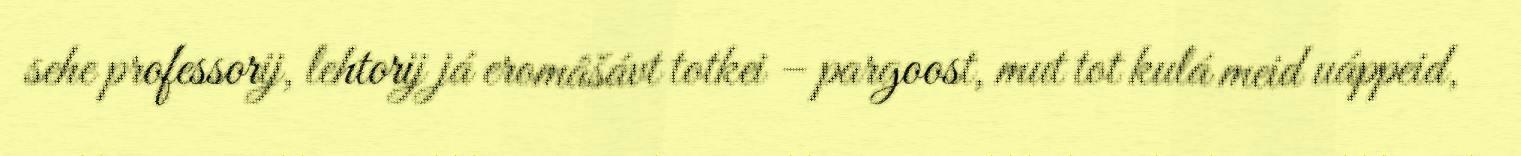
sehe professorij, lehtorij já eromâšávt totkei – pargoost, mut tot kulá meid uáppeid,